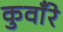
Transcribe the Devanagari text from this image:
कुवाँरे